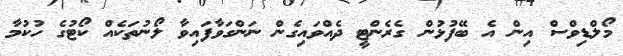
މޯލްޑިވްސް އިން އެ ބޭފުޅުން ގެރެންޓީ ދެއްވައިގެން ނަންގަވާފައިވާ ލޯނުތަކެއް ކޯޓުގެ ހުކުމާ